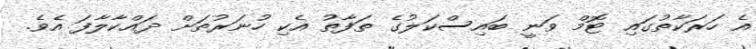
އެ ހަރަކާތުގައި ޓޮމް ވަނީ ބައިސްކަލުގެ ތަފާތު އެކި ހުނަރުތަށް ދައްކާލާފަ އެވެ.